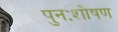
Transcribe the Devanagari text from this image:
पुनःशोषण